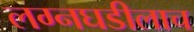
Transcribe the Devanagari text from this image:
लग्नघडीलाच